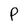
Character: P